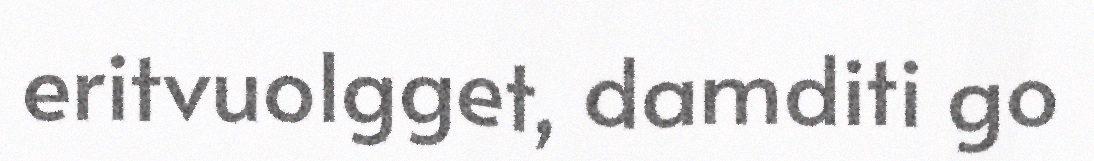
eritvuolgget, damditi go